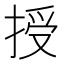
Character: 授